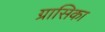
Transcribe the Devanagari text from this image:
ग्रासिका